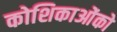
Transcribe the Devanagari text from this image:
कोशिकाओंको